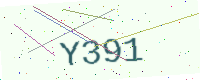
Text: Y391